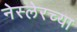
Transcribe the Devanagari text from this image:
नेस्लेरच्या